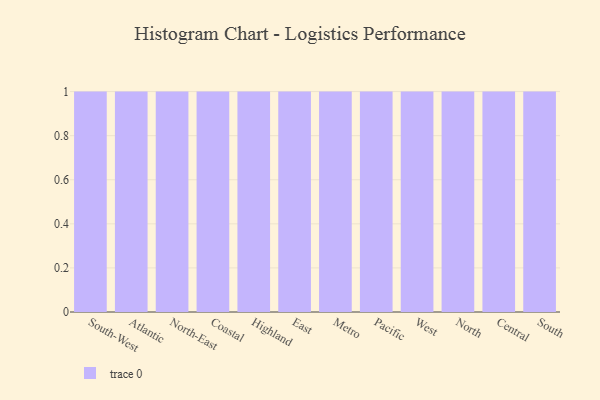
{"axis": {"x": "Region", "y": "Website Visitors"}, "legend": [""], "data": [{"x": "South-West", "y": 58, "type": ""}, {"x": "Atlantic", "y": 91, "type": ""}, {"x": "North-East", "y": 11, "type": ""}, {"x": "Coastal", "y": 75, "type": ""}, {"x": "Highland", "y": 66, "type": ""}, {"x": "East", "y": 19, "type": ""}, {"x": "Metro", "y": 60, "type": ""}, {"x": "Pacific", "y": 6, "type": ""}, {"x": "West", "y": 36, "type": ""}, {"x": "North", "y": 69, "type": ""}, {"x": "Central", "y": 18, "type": ""}, {"x": "South", "y": 8, "type": ""}]}